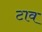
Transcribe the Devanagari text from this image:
टाव